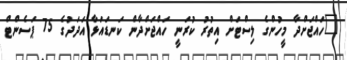
"ހައްޖަށްދާ މީހުންގެ ލިސްޓަށް އިތުރު ކުރަނީ ހައްޖަށްދާން ކަނޑައަޅާ އަދަދުގެ 75 ޕަސެންޓް